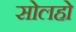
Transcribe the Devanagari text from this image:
सोलहो